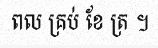
ពល គ្រប់ ខែ ត្រ ។